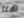
هنا